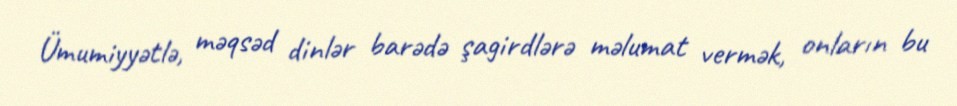
Ümumiyyətlə, məqsəd dinlər barədə şagirdlərə məlumat vermək, onların bu